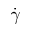
\dot { \gamma }